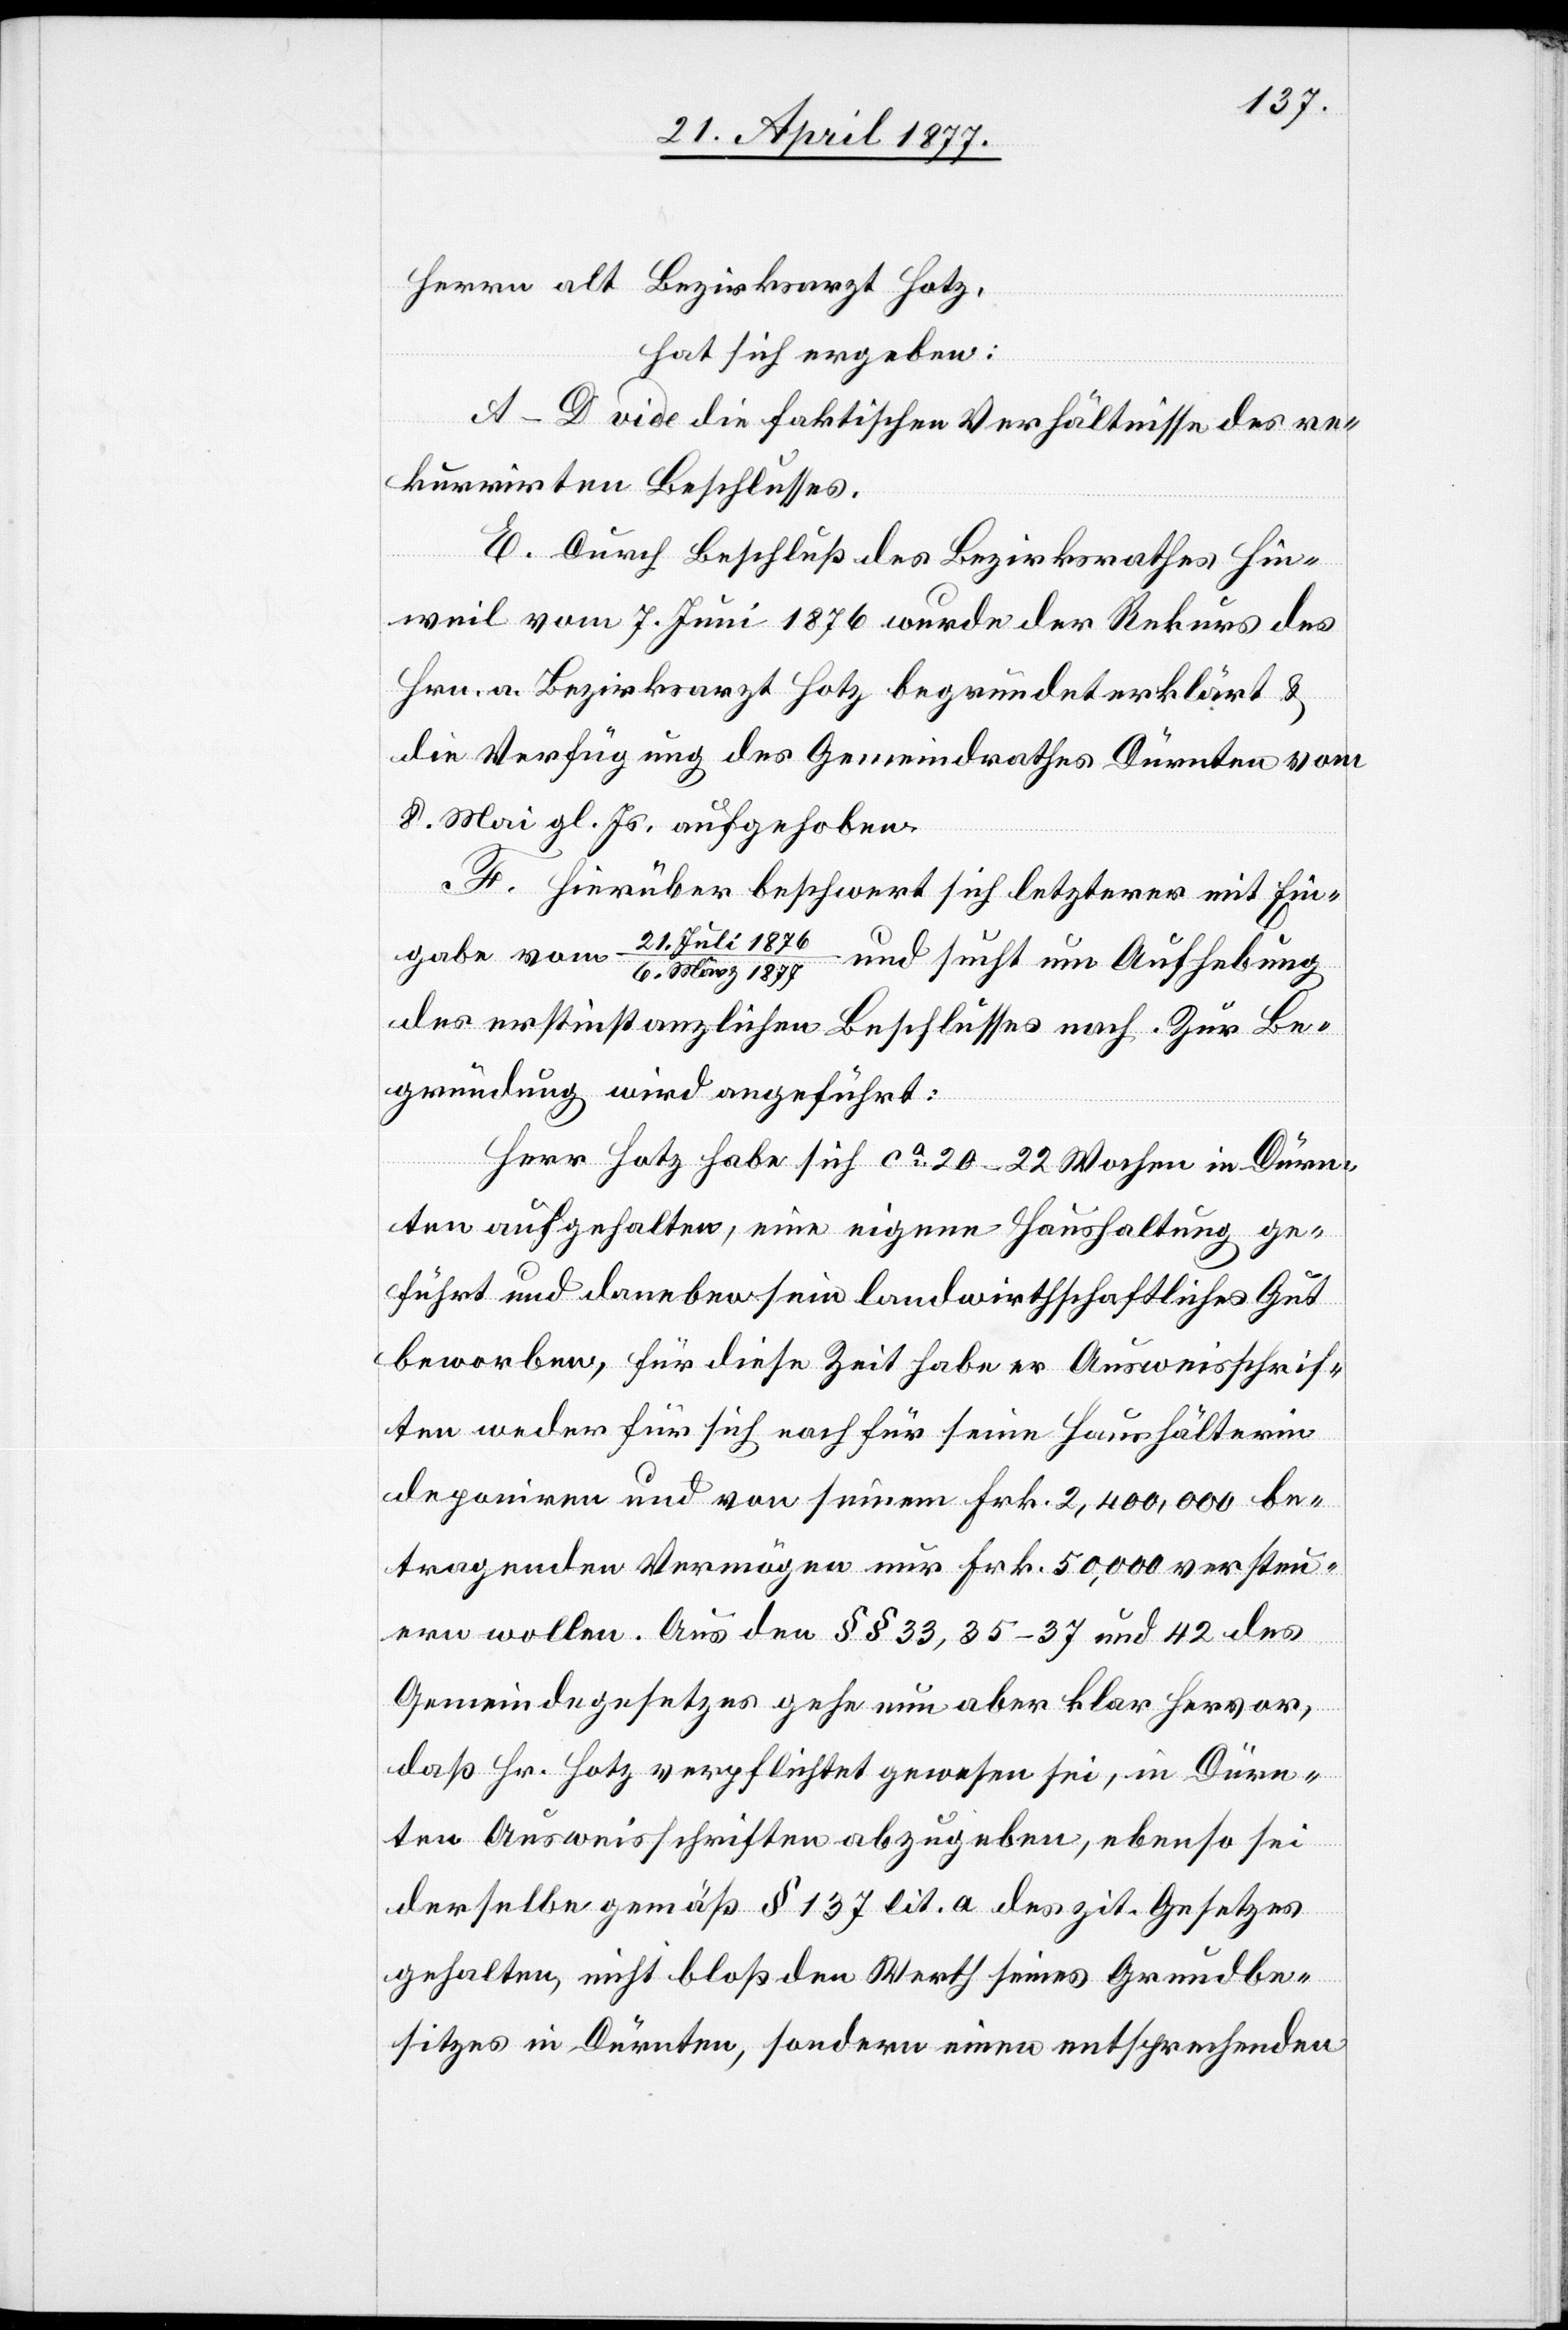
Herrn alt Bezirksarzt Hotz,
hat sich ergeben:
A–D vide die faktischen Verhältnisse des re¬
kurrirten Beschlusses.
E. Durch Beschluß des Bezirksrathes Hin¬
weil vom 7. Juni 1876 wurde der Rekurs des
Hrn. a. Bezirksarzt Hotz begründet erklärt &
die Verfügung des Gemeindrathes Dürnten vom
8. Mai gl. Js. aufgehoben.
F. Hierüber beschwert sich letzterer mit Ein¬
gabe vom 21. Juli 1876/6.
März 1877 und sucht um Aufhebung
des erstinstanzlichen Beschlusses nach. Zur Be¬
gründung wird angeführt:
Herr Hotz habe sich ca 20–22 Wochen in Dürn¬
ten aufgehalten, eine eigene Haushaltung ge¬
führt und daneben sein landwirthschaftliches Gut
beworben, für diese Zeit habe er Ausweisschrif¬
ten weder für sich noch für seine Haushälterin
deponiren und von seinem Frk. 2,400,000 be¬
tragenden Vermögen nur Frk. 50,000 versteu¬
ern wollen. Aus den §§ 33, 35–37 und 42 des
Gemeindegesetzes gehe nun aber klar hervor,
daß Hr. Hotz verpflichtet gewesen sei, in Dürn¬
ten Ausweisschriften abzugeben, ebenso sei
derselbe gemäß § 137 lit. a des zit. Gesetzes
gehalten, nicht bloß den Werth seines Grundbe¬
sitzes in Dürnten, sondern einen entsprechenden